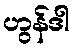
ဟွန်ဒါ